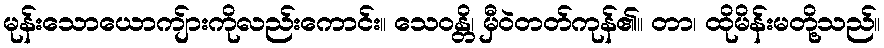
မုန်းသောယောကျ်ားကိုလည်းကောင်း။ သေဝန္တိ၊ မှီဝဲတတ်ကုန်၏။ တာ၊ ထိုမိန်းမတို့သည်။